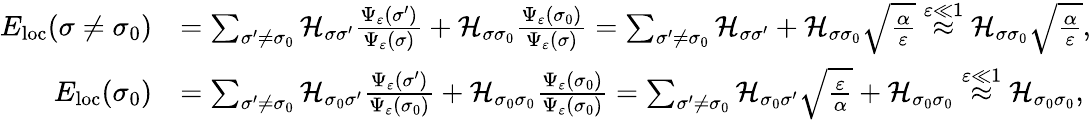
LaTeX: \begin{array}{rl}{E_{\mathrm{loc}}(\sigma\neq\sigma_{0})}&{=\sum_{\sigma^{\prime}\neq\sigma_{0}}\mathcal{H}_{\sigma\sigma^{\prime}}\frac{\Psi_{\varepsilon}(\sigma^{\prime})}{\Psi_{\varepsilon}(\sigma)}+\mathcal{H}_{\sigma\sigma_{0}}\frac{\Psi_{\varepsilon}(\sigma_{0})}{\Psi_{\varepsilon}(\sigma)}=\sum_{\sigma^{\prime}\neq\sigma_{0}}\mathcal{H}_{\sigma\sigma^{\prime}}+\mathcal{H}_{\sigma\sigma_{0}}\sqrt{\frac{\alpha}{\varepsilon}}\stackrel{\varepsilon\ll 1}{\approx}\mathcal{H}_{\sigma\sigma_{0}}\sqrt{\frac{\alpha}{\varepsilon}},}\\ {E_{\mathrm{loc}}(\sigma_{0})}&{=\sum_{\sigma^{\prime}\neq\sigma_{0}}\mathcal{H}_{\sigma_{0}\sigma^{\prime}}\frac{\Psi_{\varepsilon}(\sigma^{\prime})}{\Psi_{\varepsilon}(\sigma_{0})}+\mathcal{H}_{\sigma_{0}\sigma_{0}}\frac{\Psi_{\varepsilon}(\sigma_{0})}{\Psi_{\varepsilon}(\sigma_{0})}=\sum_{\sigma^{\prime}\neq\sigma_{0}}\mathcal{H}_{\sigma_{0}\sigma^{\prime}}\sqrt{\frac{\varepsilon}{\alpha}}+\mathcal{H}_{\sigma_{0}\sigma_{0}}\stackrel{\varepsilon\ll 1}{\approx}\mathcal{H}_{\sigma_{0}\sigma_{0}},}\end{array}